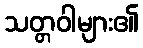
သတ္တဝါများ၏